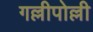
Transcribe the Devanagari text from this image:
गल्लीपोल्ली